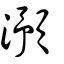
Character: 澦